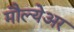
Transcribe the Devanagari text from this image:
मौल्येअर